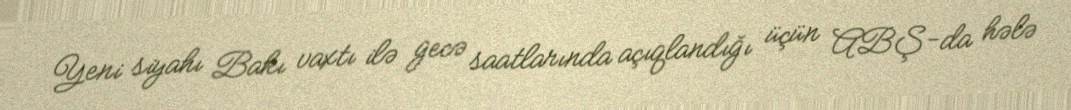
Yeni siyahı Bakı vaxtı ilə gecə saatlarında açıqlandığı üçün ABŞ-da hələ